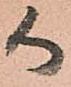
御